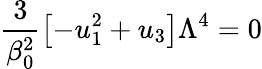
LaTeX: \frac{3}{\beta_{0}^{2}}\left[-u_{1}^{2}+u_{3}\right]\Lambda^{4}=0